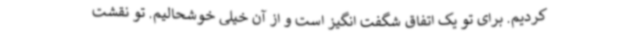
کردیم. برای تو یک اتفاق شگفت انگیز است و از آن خیلی خوشحالیم. تو نقشت